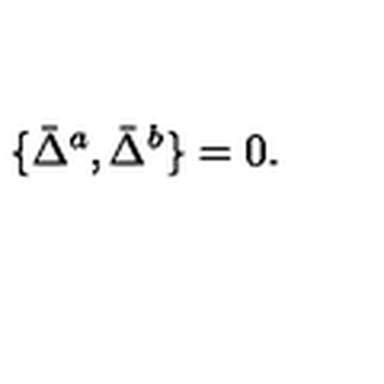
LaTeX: \{ \bar { \Delta } ^ { a } , \bar { \Delta } ^ { b } \} = 0 .